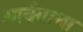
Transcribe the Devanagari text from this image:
आर्यगाथा